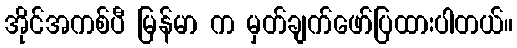
အိုင်အကစ်ပီ မြန်မာ က မှတ်ချက်ဖော်ပြထားပါတယ်။